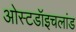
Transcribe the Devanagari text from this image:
ओस्टडॉइचलांड